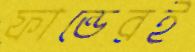
ফান্ডেরই